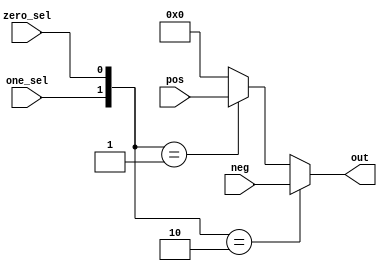
module mux(input [7:0]pos,neg,input one_sel,zero_sel,output [7:0] out);
  assign out=({one_sel,zero_sel}==2'b10)?neg:({one_sel,zero_sel}==2'b01)?pos:8'b0;
endmodule